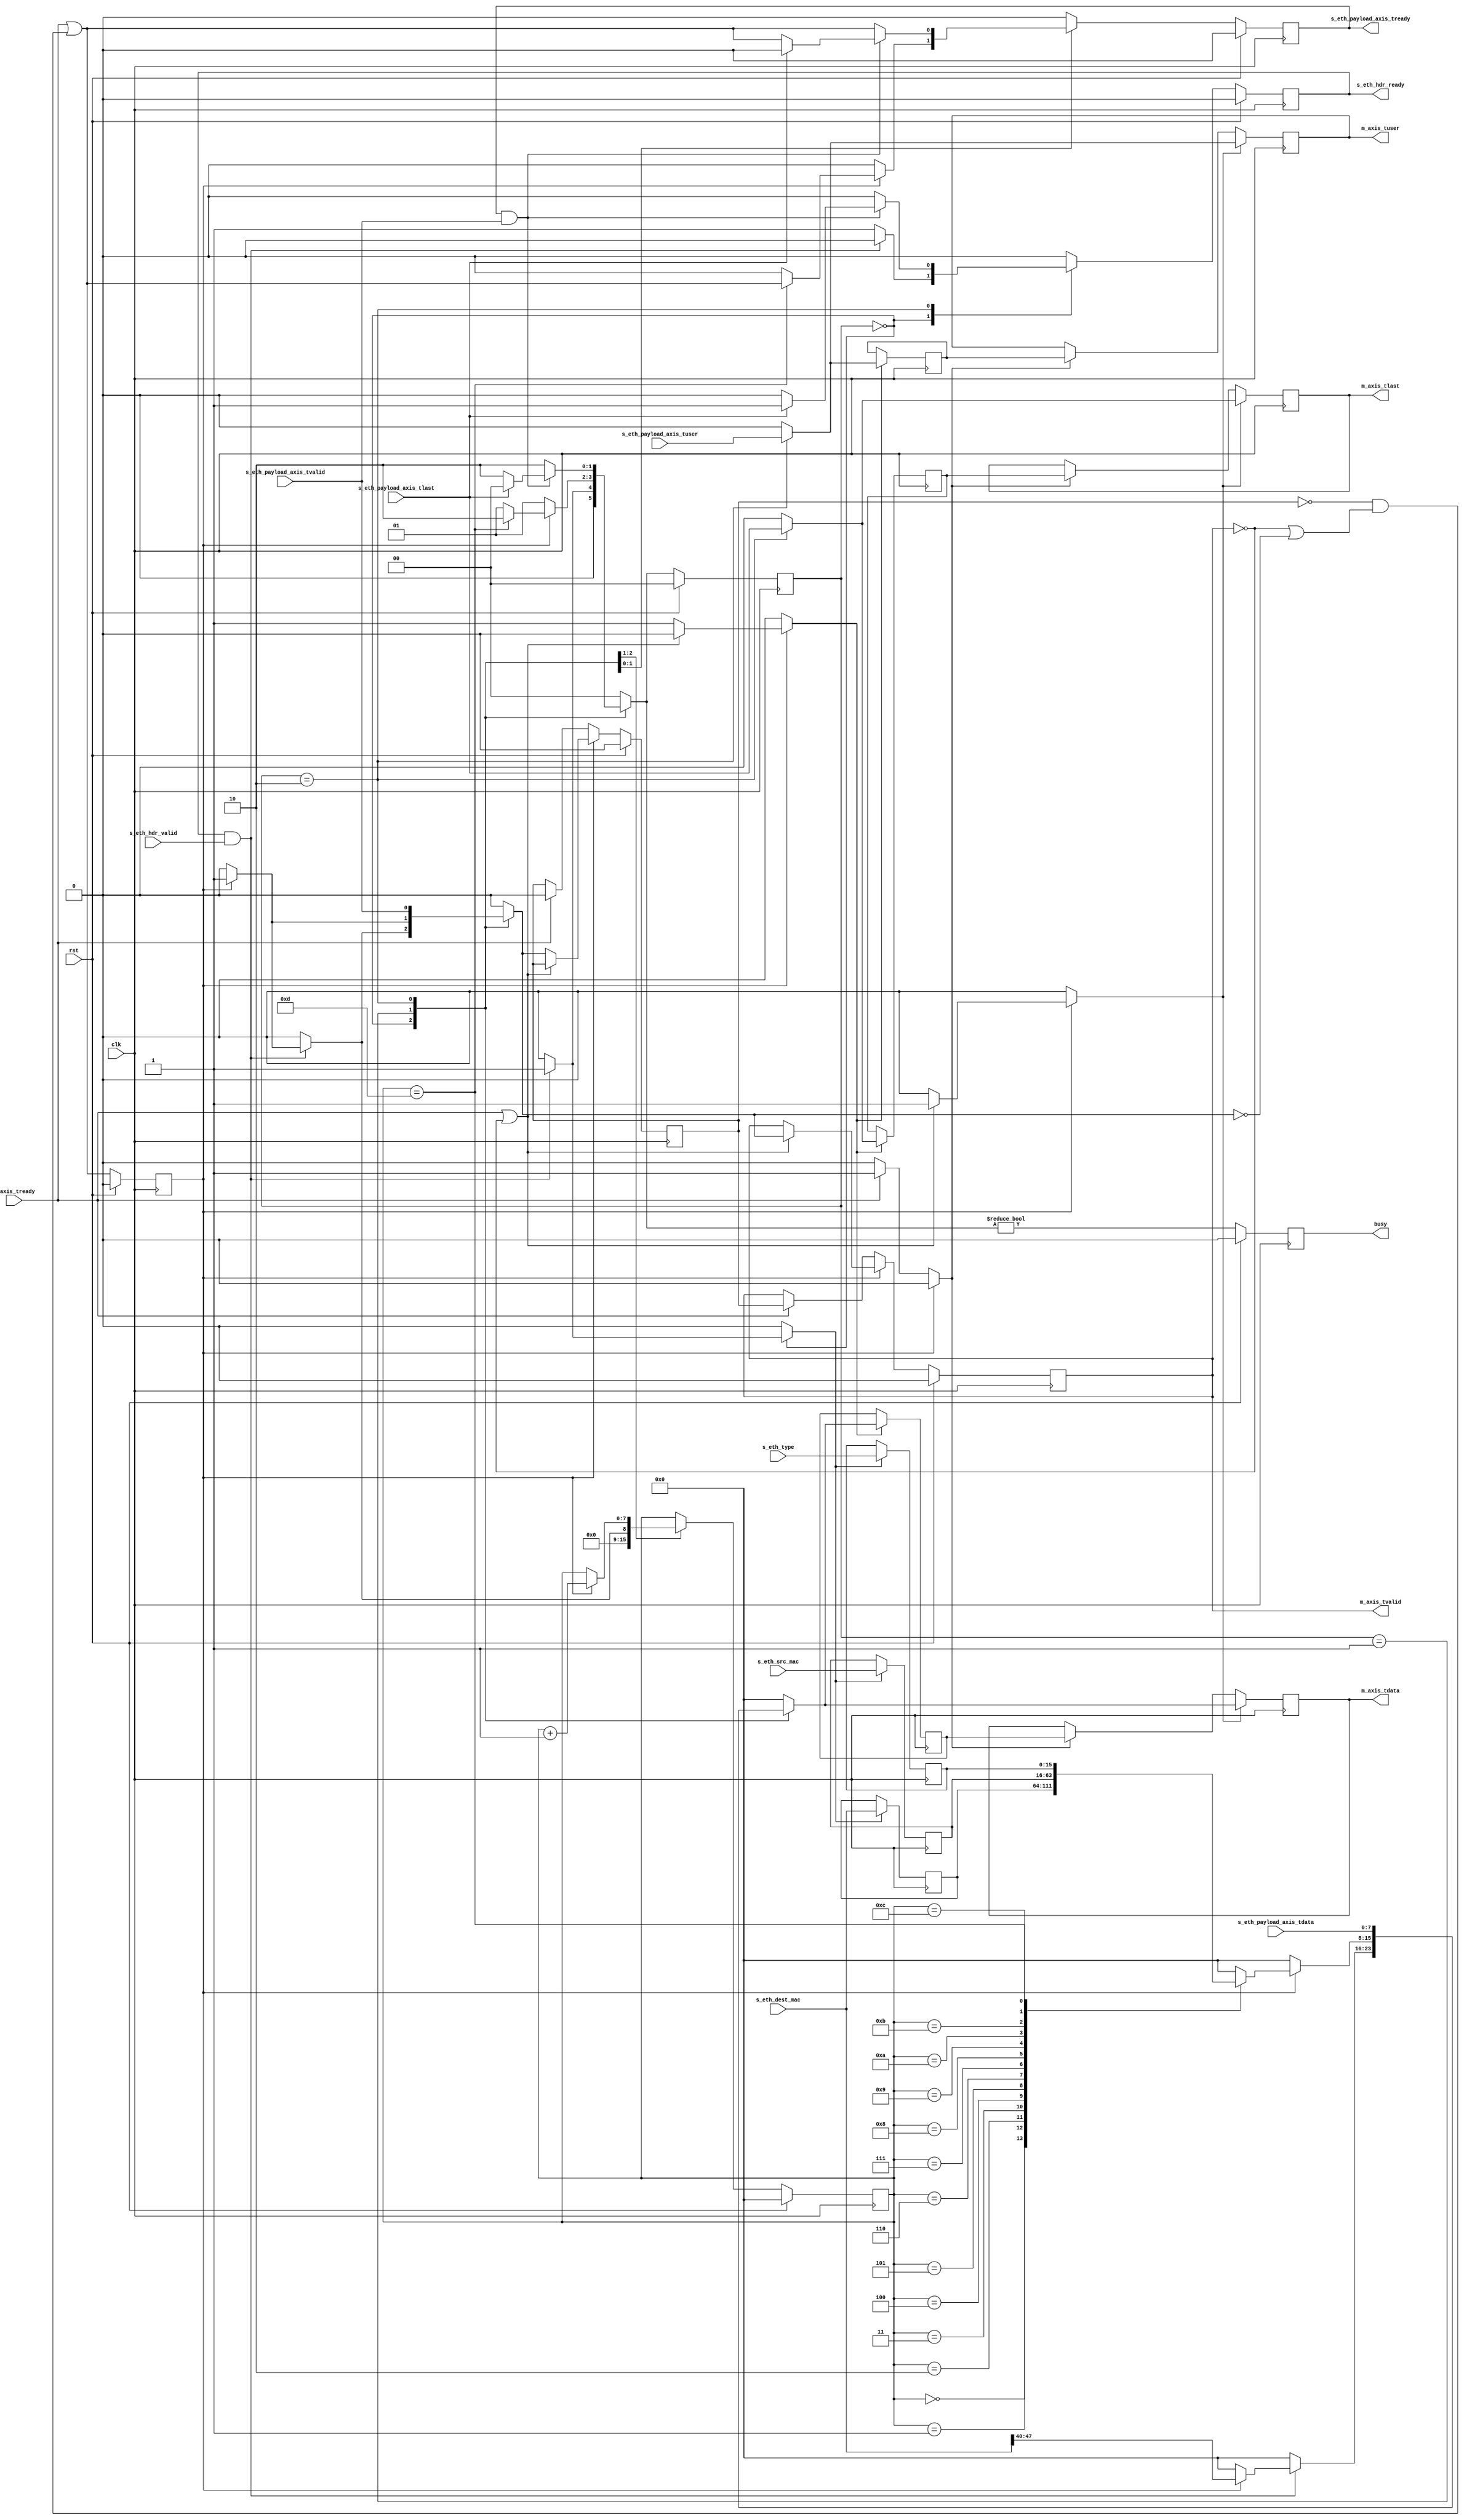


// Language: Verilog 2001

`timescale 1ns / 1ps

/*
 * AXI4-Stream ethernet frame transmitter (Ethernet frame in, AXI out)
 */
module eth_axis_tx
(
    input  wire        clk,
    input  wire        rst,

    /*
     * Ethernet frame input
     */
    input  wire        s_eth_hdr_valid,
    output wire        s_eth_hdr_ready,
    input  wire [47:0] s_eth_dest_mac,
    input  wire [47:0] s_eth_src_mac,
    input  wire [15:0] s_eth_type,
    input  wire [7:0]  s_eth_payload_axis_tdata,
    input  wire        s_eth_payload_axis_tvalid,
    output wire        s_eth_payload_axis_tready,
    input  wire        s_eth_payload_axis_tlast,
    input  wire        s_eth_payload_axis_tuser,

    /*
     * AXI output
     */
    output wire [7:0]  m_axis_tdata,
    output wire        m_axis_tvalid,
    input  wire        m_axis_tready,
    output wire        m_axis_tlast,
    output wire        m_axis_tuser,

    /*
     * Status signals
     */
    output wire        busy
);

/*

Ethernet frame

 Field                       Length
 Destination MAC address     6 octets
 Source MAC address          6 octets
 Ethertype                   2 octets

This module receives an Ethernet frame with header fields in parallel along
with the payload in an AXI stream, combines the header with the payload, and
transmits the complete Ethernet frame on the output AXI stream interface.

*/

localparam [1:0]
    STATE_IDLE = 2'd0,
    STATE_WRITE_HEADER = 2'd1,
    STATE_WRITE_PAYLOAD = 2'd2;

reg [1:0] state_reg = STATE_IDLE, state_next;

// datapath control signals
reg store_eth_hdr;

reg [7:0] frame_ptr_reg = 8'd0, frame_ptr_next;

reg [47:0] eth_dest_mac_reg = 48'd0;
reg [47:0] eth_src_mac_reg = 48'd0;
reg [15:0] eth_type_reg = 16'd0;

reg s_eth_hdr_ready_reg = 1'b0, s_eth_hdr_ready_next;
reg s_eth_payload_axis_tready_reg = 1'b0, s_eth_payload_axis_tready_next;

reg busy_reg = 1'b0;

// internal datapath
reg [7:0] m_axis_tdata_int;
reg       m_axis_tvalid_int;
reg       m_axis_tready_int_reg = 1'b0;
reg       m_axis_tlast_int;
reg       m_axis_tuser_int;
wire      m_axis_tready_int_early;

assign s_eth_hdr_ready = s_eth_hdr_ready_reg;
assign s_eth_payload_axis_tready = s_eth_payload_axis_tready_reg;

assign busy = busy_reg;

always @* begin
    state_next = STATE_IDLE;

    s_eth_hdr_ready_next = 1'b0;
    s_eth_payload_axis_tready_next = 1'b0;

    store_eth_hdr = 1'b0;

    frame_ptr_next = frame_ptr_reg;

    m_axis_tdata_int = 8'd0;
    m_axis_tvalid_int = 1'b0;
    m_axis_tlast_int = 1'b0;
    m_axis_tuser_int = 1'b0;

    case (state_reg)
        STATE_IDLE: begin
            // idle state - wait for data
            frame_ptr_next = 8'd0;
            s_eth_hdr_ready_next = 1'b1;

            if (s_eth_hdr_ready && s_eth_hdr_valid) begin
                store_eth_hdr = 1'b1;
                s_eth_hdr_ready_next = 1'b0;
                if (m_axis_tready_int_reg) begin
                    m_axis_tvalid_int = 1'b1;
                    m_axis_tdata_int = s_eth_dest_mac[47:40];
                    frame_ptr_next = 1'b1;
                end
                state_next = STATE_WRITE_HEADER;
            end else begin
                state_next = STATE_IDLE;
            end
        end
        STATE_WRITE_HEADER: begin
            // write header
            if (m_axis_tready_int_reg) begin
                frame_ptr_next = frame_ptr_reg+1;
                m_axis_tvalid_int = 1'b1;
                state_next = STATE_WRITE_HEADER;
                case (frame_ptr_reg)
                    8'h00: m_axis_tdata_int = eth_dest_mac_reg[47:40];
                    8'h01: m_axis_tdata_int = eth_dest_mac_reg[39:32];
                    8'h02: m_axis_tdata_int = eth_dest_mac_reg[31:24];
                    8'h03: m_axis_tdata_int = eth_dest_mac_reg[23:16];
                    8'h04: m_axis_tdata_int = eth_dest_mac_reg[15: 8];
                    8'h05: m_axis_tdata_int = eth_dest_mac_reg[ 7: 0];
                    8'h06: m_axis_tdata_int = eth_src_mac_reg[47:40];
                    8'h07: m_axis_tdata_int = eth_src_mac_reg[39:32];
                    8'h08: m_axis_tdata_int = eth_src_mac_reg[31:24];
                    8'h09: m_axis_tdata_int = eth_src_mac_reg[23:16];
                    8'h0A: m_axis_tdata_int = eth_src_mac_reg[15: 8];
                    8'h0B: m_axis_tdata_int = eth_src_mac_reg[ 7: 0];
                    8'h0C: m_axis_tdata_int = eth_type_reg[15: 8];
                    8'h0D: begin
                        m_axis_tdata_int = eth_type_reg[ 7: 0];
                        s_eth_payload_axis_tready_next = m_axis_tready_int_early;
                        state_next = STATE_WRITE_PAYLOAD;
                    end
                endcase
            end else begin
                state_next = STATE_WRITE_HEADER;
            end
        end
        STATE_WRITE_PAYLOAD: begin
            // write payload
            s_eth_payload_axis_tready_next = m_axis_tready_int_early;

            m_axis_tdata_int = s_eth_payload_axis_tdata;
            m_axis_tvalid_int = s_eth_payload_axis_tvalid;
            m_axis_tlast_int = s_eth_payload_axis_tlast;
            m_axis_tuser_int = s_eth_payload_axis_tuser;

            if (s_eth_payload_axis_tready && s_eth_payload_axis_tvalid) begin
                // word transfer through
                if (s_eth_payload_axis_tlast) begin
                    s_eth_payload_axis_tready_next = 1'b0;
                    s_eth_hdr_ready_next = 1'b1;
                    state_next = STATE_IDLE;
                end else begin
                    state_next = STATE_WRITE_PAYLOAD;
                end
            end else begin
                state_next = STATE_WRITE_PAYLOAD;
            end
        end
    endcase
end

always @(posedge clk) begin
    if (rst) begin
        state_reg <= STATE_IDLE;
        frame_ptr_reg <= 8'd0;
        s_eth_hdr_ready_reg <= 1'b0;
        s_eth_payload_axis_tready_reg <= 1'b0;
        busy_reg <= 1'b0;
    end else begin
        state_reg <= state_next;

        frame_ptr_reg <= frame_ptr_next;

        s_eth_hdr_ready_reg <= s_eth_hdr_ready_next;

        s_eth_payload_axis_tready_reg <= s_eth_payload_axis_tready_next;

        busy_reg <= state_next != STATE_IDLE;
    end

    // datapath
    if (store_eth_hdr) begin
        eth_dest_mac_reg <= s_eth_dest_mac;
        eth_src_mac_reg <= s_eth_src_mac;
        eth_type_reg <= s_eth_type;
    end
end

// output datapath logic
reg [7:0] m_axis_tdata_reg = 8'd0;
reg       m_axis_tvalid_reg = 1'b0, m_axis_tvalid_next;
reg       m_axis_tlast_reg = 1'b0;
reg       m_axis_tuser_reg = 1'b0;

reg [7:0] temp_m_axis_tdata_reg = 8'd0;
reg       temp_m_axis_tvalid_reg = 1'b0, temp_m_axis_tvalid_next;
reg       temp_m_axis_tlast_reg = 1'b0;
reg       temp_m_axis_tuser_reg = 1'b0;

// datapath control
reg store_axis_int_to_output;
reg store_axis_int_to_temp;
reg store_axis_temp_to_output;

assign m_axis_tdata = m_axis_tdata_reg;
assign m_axis_tvalid = m_axis_tvalid_reg;
assign m_axis_tlast = m_axis_tlast_reg;
assign m_axis_tuser = m_axis_tuser_reg;

// enable ready input next cycle if output is ready or the temp reg will not be filled on the next cycle (output reg empty or no input)
assign m_axis_tready_int_early = m_axis_tready || (!temp_m_axis_tvalid_reg && (!m_axis_tvalid_reg || !m_axis_tvalid_int));

always @* begin
    // transfer sink ready state to source
    m_axis_tvalid_next = m_axis_tvalid_reg;
    temp_m_axis_tvalid_next = temp_m_axis_tvalid_reg;

    store_axis_int_to_output = 1'b0;
    store_axis_int_to_temp = 1'b0;
    store_axis_temp_to_output = 1'b0;
    
    if (m_axis_tready_int_reg) begin
        // input is ready
        if (m_axis_tready || !m_axis_tvalid_reg) begin
            // output is ready or currently not valid, transfer data to output
            m_axis_tvalid_next = m_axis_tvalid_int;
            store_axis_int_to_output = 1'b1;
        end else begin
            // output is not ready, store input in temp
            temp_m_axis_tvalid_next = m_axis_tvalid_int;
            store_axis_int_to_temp = 1'b1;
        end
    end else if (m_axis_tready) begin
        // input is not ready, but output is ready
        m_axis_tvalid_next = temp_m_axis_tvalid_reg;
        temp_m_axis_tvalid_next = 1'b0;
        store_axis_temp_to_output = 1'b1;
    end
end

always @(posedge clk) begin
    if (rst) begin
        m_axis_tvalid_reg <= 1'b0;
        m_axis_tready_int_reg <= 1'b0;
        temp_m_axis_tvalid_reg <= 1'b0;
    end else begin
        m_axis_tvalid_reg <= m_axis_tvalid_next;
        m_axis_tready_int_reg <= m_axis_tready_int_early;
        temp_m_axis_tvalid_reg <= temp_m_axis_tvalid_next;
    end

    // datapath
    if (store_axis_int_to_output) begin
        m_axis_tdata_reg <= m_axis_tdata_int;
        m_axis_tlast_reg <= m_axis_tlast_int;
        m_axis_tuser_reg <= m_axis_tuser_int;
    end else if (store_axis_temp_to_output) begin
        m_axis_tdata_reg <= temp_m_axis_tdata_reg;
        m_axis_tlast_reg <= temp_m_axis_tlast_reg;
        m_axis_tuser_reg <= temp_m_axis_tuser_reg;
    end

    if (store_axis_int_to_temp) begin
        temp_m_axis_tdata_reg <= m_axis_tdata_int;
        temp_m_axis_tlast_reg <= m_axis_tlast_int;
        temp_m_axis_tuser_reg <= m_axis_tuser_int;
    end
end

endmodule